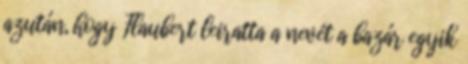
azután, hogy Flaubert leiratta a nevét a bazár egyik